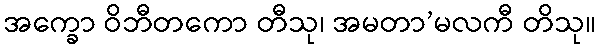
အက္ခော ဝိဘီတကော တီသု၊ အမတာ’မလကီ တိသု။